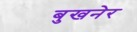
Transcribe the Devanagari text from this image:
बुखनेर